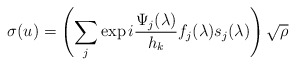
\begin{align*} \sigma(u) = \left( \sum_j \exp i \frac{\Psi_j(\lambda)}{h_k} f_j(\lambda) s_j(\lambda) \right) \sqrt{\rho}\end{align*}